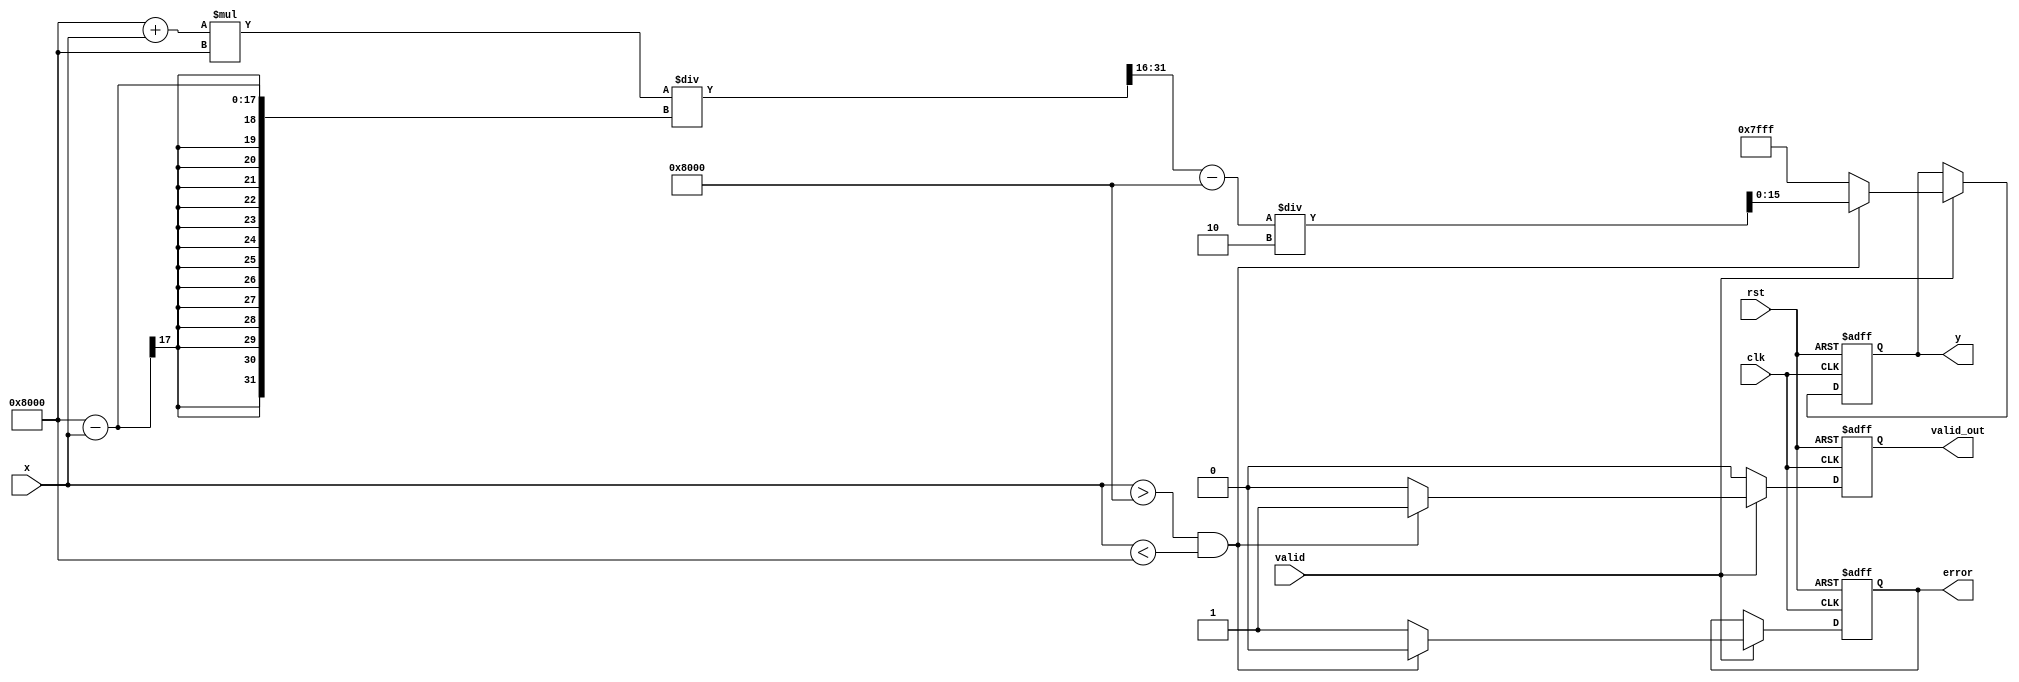
module atanh (
    input wire clk,
    input wire rst,
    input wire [15:0] x, // Fixed-point input in Q1.15 format
    input wire valid,     // Input valid signal
    output reg [15:0] y,  // Fixed-point output in Q1.15 format
    output reg valid_out,  // Output valid signal
    output reg error      // Error signal
);
    
    parameter FIXED_POINT_FRACTION = 15; // Number of fractional bits
    parameter FIXED_POINT_ONE = (1 << FIXED_POINT_FRACTION); // Fixed-point representation of 1
    parameter FIXED_POINT_MINUS_ONE = -(1 << FIXED_POINT_FRACTION); // Fixed-point representation of -1
    parameter FIXED_POINT_POSITIVE_INFINITY = 16'h7FFF; // NaN or positive infinity representation (Q1.15)
    
    wire signed [15:0] x_internal = x; // internal representation
    reg signed [31:0] temp; // intermediate computation
    reg [15:0] ln;
    
    // Checking input range
    always @(posedge clk or posedge rst) begin
        if (rst) begin
            y <= 0;
            valid_out <= 0;
            error <= 0;
        end else begin
            if (valid) begin
                if (x_internal > FIXED_POINT_MINUS_ONE && x_internal < FIXED_POINT_ONE) begin
                    // Calculate atanh(x) = 0.5 * ln((1+x)/(1-x))
                    // Step 1: Calculate 1 + x and 1 - x
                    temp = (FIXED_POINT_ONE + x_internal) * FIXED_POINT_ONE;
                    temp = temp / (FIXED_POINT_ONE - x_internal); // (1+x)/(1-x)

                    // Approximate ln using Taylor series or a simple polynomial
                    // Using a simple linear approximation for ln(y) near 1:
                    // ln(y)  (y - 1) (assumption y  1 for small x)
                    ln = temp[31:16] - FIXED_POINT_ONE; 

                    y <= ln / 2; // y = 0.5 * ln((1+x)/(1-x))
                    valid_out <= 1;
                    error <= 0;
                end else begin
                    // Handle error case (out of range)
                    y <= FIXED_POINT_POSITIVE_INFINITY; // NaN or infinity representation
                    valid_out <= 0;
                    error <= 1;
                end
            end else begin
                valid_out <= 0; // No valid input
            end
        end
    end
    
endmodule